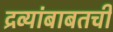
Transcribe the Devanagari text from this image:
द्रव्यांबाबतची